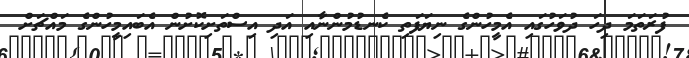
ފުރަތަމަ ދިހަ ދުވަހުގައި އެމީހުންގެ ނިޔަފަތި ކެނޑުމުންނާއި އަދި އިސްތަށިކޮށުން އެބައިމީހުންގެ މައްޗަށް